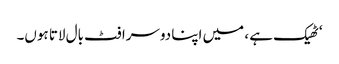
‘ٹھیک ہے ، میں اپنا دوسرا فٹ بال لاتا ہوں۔